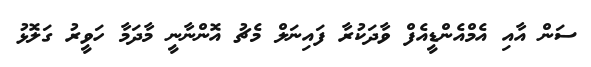
ސަން އާއި އެމްއެންޑީއެފް ވާދަކުރާ ފައިނަލް މެޗު އޮންނާނީ މާދަމާ ހަވީރު ގަލޮޅު